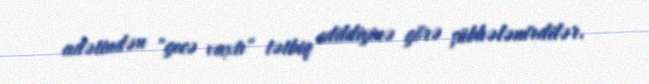
adətindən "gecə vaxtı" tətbiq edildiyinə görə şübhələnirdilər.